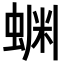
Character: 𬠔